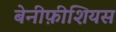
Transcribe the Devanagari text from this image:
बेनीफ़ीशियस